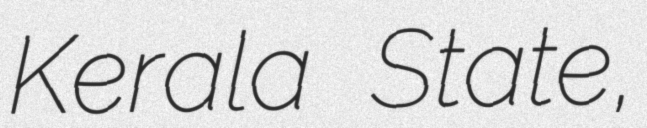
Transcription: Kerala State,